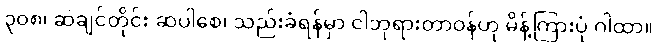
၃၀၈၊ ဆဲချင်တိုင်း ဆဲပါစေ၊ သည်းခံရန်မှာ ငါဘုရားတာဝန်ဟု မိန့်ကြားပုံ ဂါထာ။